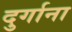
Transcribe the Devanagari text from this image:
दुर्गाना